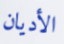
الأديان